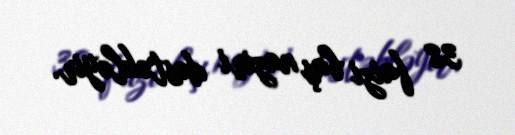
38 faizi baş naziri dəstəkləyir.